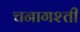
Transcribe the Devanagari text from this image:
चनागश्ती